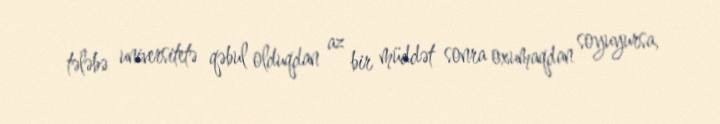
tələbə universitetə qəbul olduqdan az bir müddət sonra oxumaqdan soyuyursa,